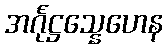
အင်္ဂုဋ္ဌသ္နေဟေန